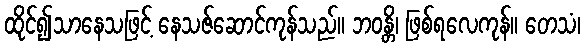
ထိုင်၍သာနေသဖြင့် နေသဇ်ဆောင်ကုန်သည်။ ဘဝန္တိ၊ ဖြစ်ရလေကုန်။ တေသံ၊